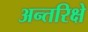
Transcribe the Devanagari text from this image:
अन्तरिक्षे